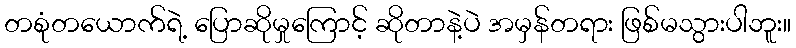
တစုံတယောက်ရဲ့ ပြောဆိုမှုကြောင့် ဆိုတာနဲ့ပဲ အမှန်တရား ဖြစ်မသွားပါဘူး။